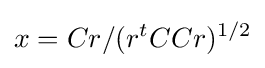
x=Cr/(r^{t}CCr)^{1/2}